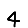
Digit: 4